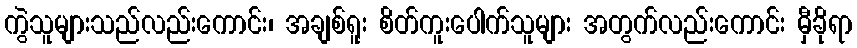
ကွဲသူများသည်လည်းကောင်း၊ အချစ်ရူး စိတ်ကူးပေါက်သူများ အတွက်လည်းကောင်း မှီခိုရာ